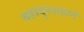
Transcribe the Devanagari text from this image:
बहादुरशहाने